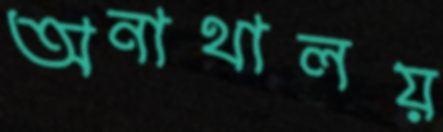
অনাথালয়